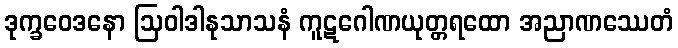
ဒုက္ခဝေဒနော ဩဝါဒါနုသာသနံ ကူဋဂေါဏယုတ္တရထော အညာဏဿေတံ